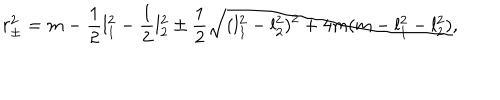
LaTeX: r _ { \pm } ^ { 2 } = m - { \frac { 1 } { 2 } } l _ { 1 } ^ { 2 } - { \frac { 1 } { 2 } } l _ { 2 } ^ { 2 } \pm { \frac { 1 } { 2 } } \sqrt { ( l _ { 1 } ^ { 2 } - l _ { 2 } ^ { 2 } ) ^ { 2 } + 4 m ( m - l _ { 1 } ^ { 2 } - l _ { 2 } ^ { 2 } ) } ,